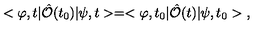
< \varphi , t | \hat { \cal O } ( t _ { 0 } ) | \psi , t > = < \varphi , t _ { 0 } | \hat { \cal O } ( t ) | \psi , t _ { 0 } > \ ,